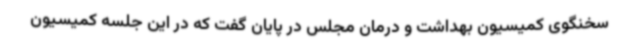
سخنگوی کمیسیون بهداشت و درمان مجلس در پایان گفت که در این جلسه کمیسیون